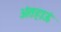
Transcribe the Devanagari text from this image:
अंतहाऊं